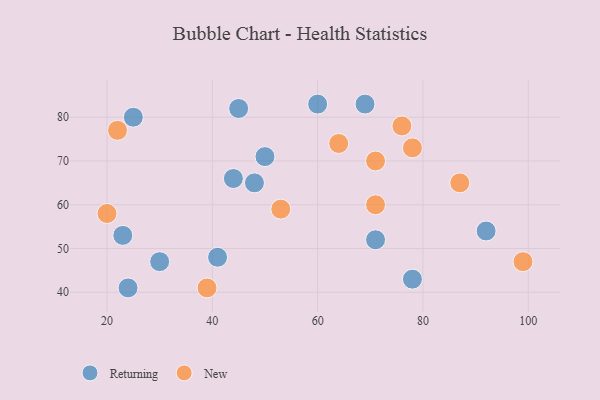
{"axis": {"x": "GDP", "y": "Life Expectancy"}, "legend": ["New", "Returning"], "data": [{"x": "50", "y": 71, "type": "Returning"}, {"x": "44", "y": 66, "type": "Returning"}, {"x": "23", "y": 53, "type": "Returning"}, {"x": "78", "y": 43, "type": "Returning"}, {"x": "41", "y": 48, "type": "Returning"}, {"x": "30", "y": 47, "type": "Returning"}, {"x": "25", "y": 80, "type": "Returning"}, {"x": "60", "y": 83, "type": "Returning"}, {"x": "92", "y": 54, "type": "Returning"}, {"x": "24", "y": 41, "type": "Returning"}, {"x": "45", "y": 82, "type": "Returning"}, {"x": "69", "y": 83, "type": "Returning"}, {"x": "48", "y": 65, "type": "Returning"}, {"x": "71", "y": 52, "type": "Returning"}, {"x": "78", "y": 73, "type": "New"}, {"x": "99", "y": 47, "type": "New"}, {"x": "53", "y": 59, "type": "New"}, {"x": "71", "y": 60, "type": "New"}, {"x": "87", "y": 65, "type": "New"}, {"x": "76", "y": 78, "type": "New"}, {"x": "20", "y": 58, "type": "New"}, {"x": "39", "y": 41, "type": "New"}, {"x": "64", "y": 74, "type": "New"}, {"x": "71", "y": 70, "type": "New"}, {"x": "22", "y": 77, "type": "New"}]}